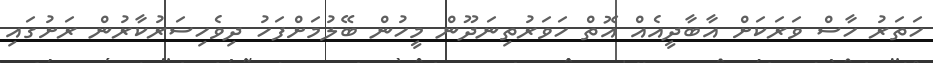
ހަތަރު ހާސް ވަރަކަށް އާބާދީއެއް އޮތް ހަވަރުތިނަދޫން މީހުން ބޭލުމަށްފަހު ދިވެހިސަރުކާރުން ރަށުގައި